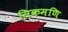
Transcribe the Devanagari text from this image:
सिकमणि